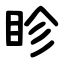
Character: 眕